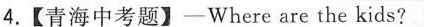
4.【青海中考题】—Where are the kids?